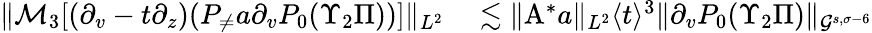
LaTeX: \begin{array}{rl}{\| \mathcal{M}_{3}[(\partial_{v}-t\partial_{z})(P_{\neq}a\partial_{v}P_{0}(\Upsilon_{2}\Pi))]\| _{L^{2}}}&{{}\lesssim\| \mathrm{A}^{*}a\| _{L^{2}}\langle t\rangle^{3}\| \partial_{v}P_{0}(\Upsilon_{2}\Pi)\| _{\mathcal{G}^{s,\sigma-6}}}\end{array}